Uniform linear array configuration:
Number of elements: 4
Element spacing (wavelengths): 0.25
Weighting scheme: kaiser
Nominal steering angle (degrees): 15
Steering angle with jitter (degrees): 13.181
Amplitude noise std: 0.05
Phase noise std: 0.05

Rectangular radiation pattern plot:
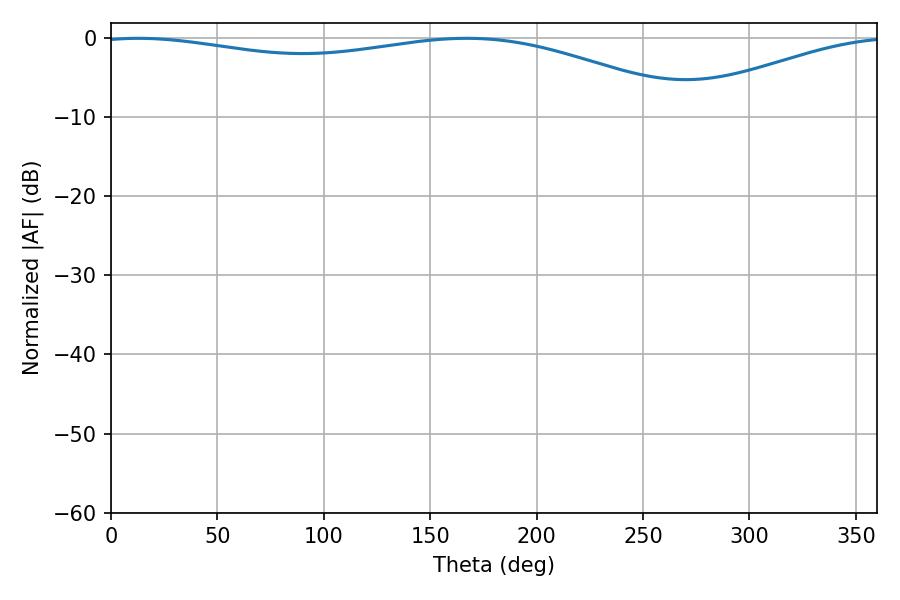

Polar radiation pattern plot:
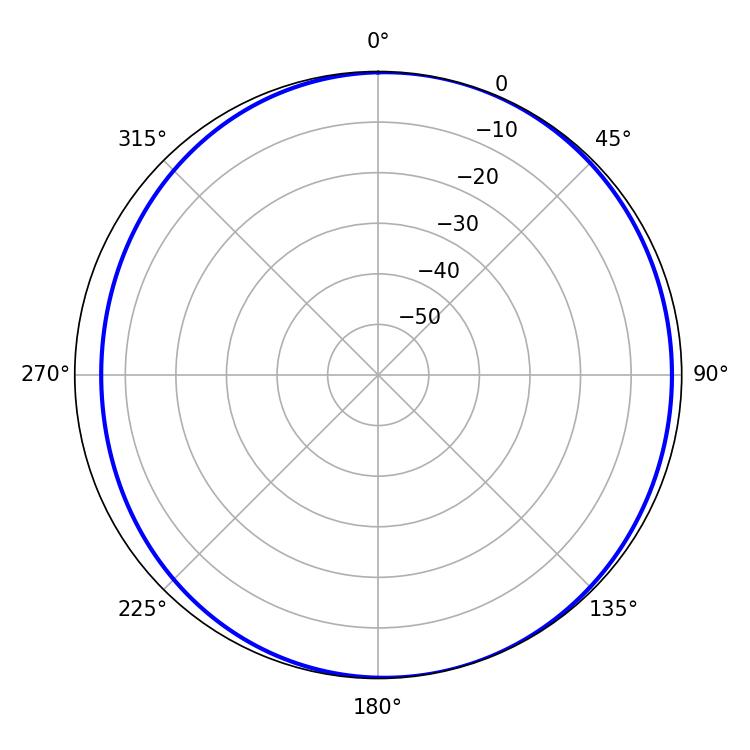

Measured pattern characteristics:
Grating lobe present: FALSE
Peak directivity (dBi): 5.029
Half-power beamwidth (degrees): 227.16
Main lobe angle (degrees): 12.78